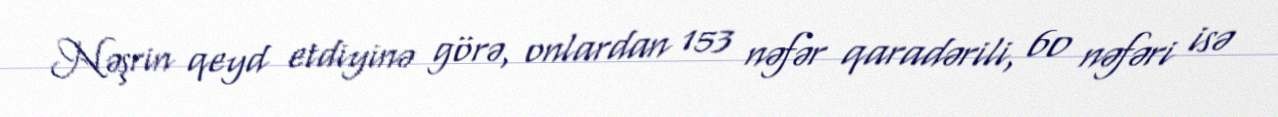
Nəşrin qeyd etdiyinə görə, onlardan 153 nəfər qaradərili, 60 nəfəri isə